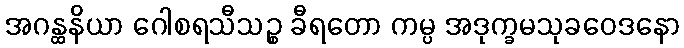
အဂန္ထနိယာ ဂေါစရသီသဉ္စ ခီရတော ကမ္ပ အဒုက္ခမသုခဝေဒနော